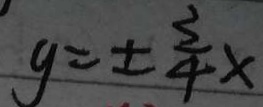
y = \pm \frac { 3 } { 4 } x